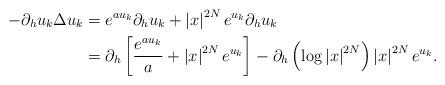
LaTeX: \begin{align*}\begin{aligned}-\partial_{h}u_k\Delta u_{k}&=e^{au_k}\partial_{h}u_k+\left|x\right|^{2N}e^{u_k}\partial_{h}u_k\\&=\partial_{h}\left[\frac{e^{au_k}}{a}+\left|x\right|^{2N}e^{u_k}\right]-\partial_{h}\left(\log\left|x\right|^{2N}\right)\left|x\right|^{2N}e^{u_k}.\end{aligned}\end{align*}